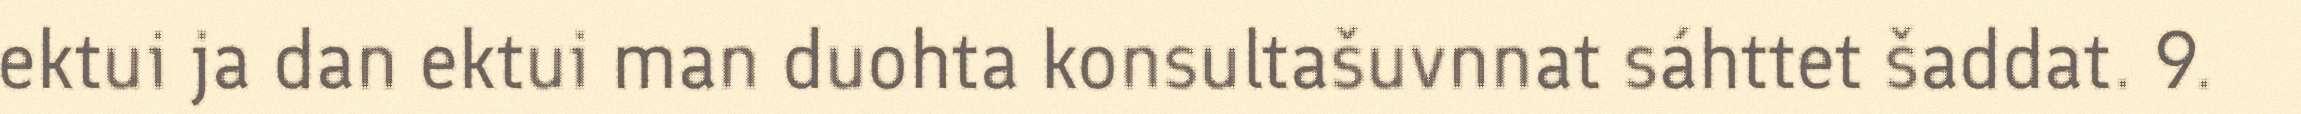
ektui ja dan ektui man duohta konsultašuvnnat sáhttet šaddat. 9.